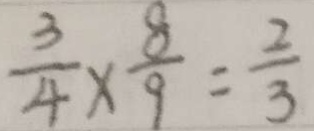
\frac { 3 } { 4 } \times \frac { 8 } { 9 } = \frac { 2 } { 3 }